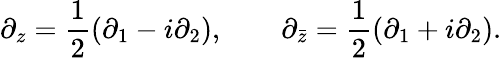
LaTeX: \partial_{z}=\frac{1}{2}(\partial_{1}-i\partial_{2}),\qquad\partial_{\bar{z}}=\frac{1}{2}(\partial_{1}+i\partial_{2}).